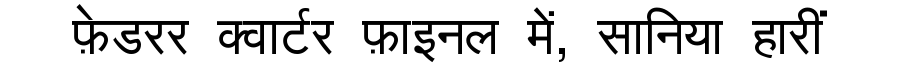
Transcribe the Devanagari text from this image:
फ़ेडरर क्वार्टर फ़ाइनल में, सानिया हारीं